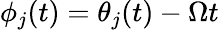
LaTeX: \phi_{j}(t)=\theta_{j}(t)-\Omega t